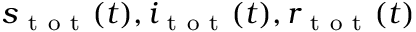
s _ { \mathrm { ~ t ~ o ~ t ~ } } ( t ) , i _ { \mathrm { ~ t ~ o ~ t ~ } } ( t ) , r _ { \mathrm { ~ t ~ o ~ t ~ } } ( t )